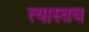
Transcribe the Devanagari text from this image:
त्यास्तव